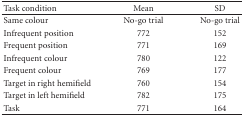
<table><thead><tr><td><b>Task condition</b></td><td><b>Mean</b></td><td><b>SD</b></td></tr></thead><tbody><tr><td>Same colour</td><td>No-go trial</td><td>No-go trial</td></tr><tr><td>Infrequent position</td><td>772</td><td>152</td></tr><tr><td>Frequent position</td><td>771</td><td>169</td></tr><tr><td>Infrequent colour</td><td>780</td><td>122</td></tr><tr><td>Frequent colour</td><td>769</td><td>177</td></tr><tr><td>Target in right hemifield</td><td>760</td><td>154</td></tr><tr><td>Target in left hemifield</td><td>782</td><td>175</td></tr><tr><td>Task</td><td>771</td><td>164</td></tr></tbody></table>